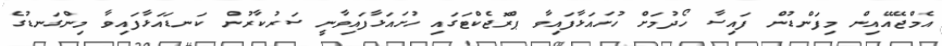
އެމްޖޭއޭއިން މިފަންޑުން ފައިސާ ހޯދުމަށް ހުށައަޅާފައިވާ ޕްރޮޖެކްޓަގައި ހުށައަޅާފައިވާނީ ސަރުކާރުން ކަނޑައަޅާފައިވާ މިންގަނޑުގެ